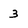
Character: 3